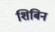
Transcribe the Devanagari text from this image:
शिबिन